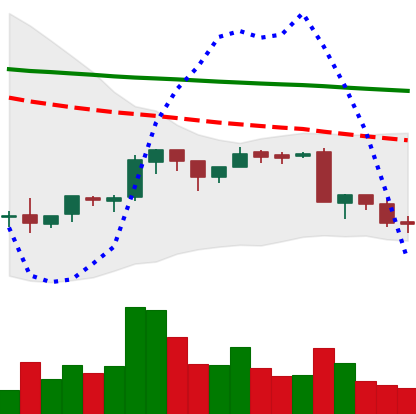
Ticker: BNB-USD
Chart end date: 2018-09-09
Forward return: 4.388%
Label: up_3_5